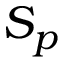
S _ { p }